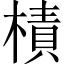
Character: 樍